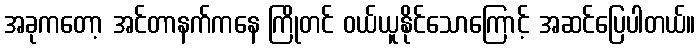
အခုကတော့ အင်တာနက်ကနေ ကြိုတင် ဝယ်ယူနိုင်သောကြောင့် အဆင်ပြေပါတယ်။